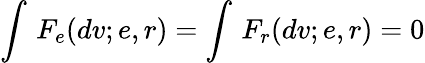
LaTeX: \int\, F_{e}(dv;e,r)=\int\, F_{r}(dv;e,r)=0